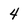
Character: 4